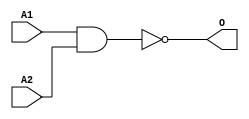
module JNAND2A(A1, A2, O);
input   A1;
input   A2;
output  O;
nand g0(O, A1, A2);
endmodule